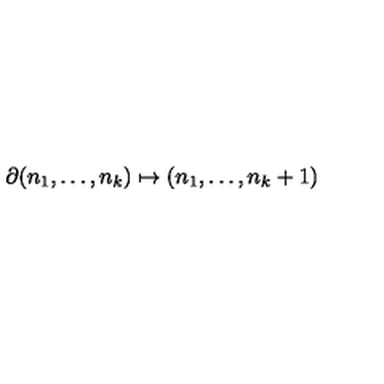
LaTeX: \partial ( n _ { 1 } , \dots , n _ { k } ) \mapsto ( n _ { 1 } , \dots , n _ { k } + 1 )